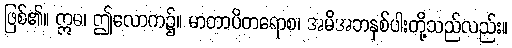
ဖြစ်၏။ ဣဓ၊ ဤလောက၌။ မာတာပိတရောစ၊ အမိအဘနှစ်ပါးတို့သည်လည်း။